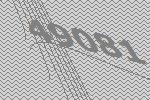
49081